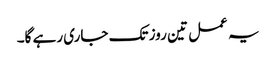
یہ عمل تین روز تک جاری رہے گا۔